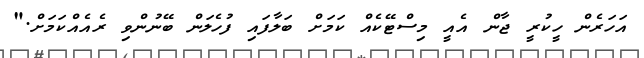
އަހަރެން ހީކުރީ ޖާން އެއީ މިސްޓޭކެއް ކަމަށް ބަލާފައި ފުހެލަން ބޭނުންވި ރެއެއްކަމަށް."